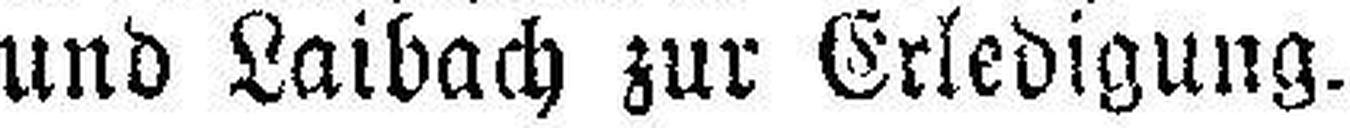
und Laibach zur Erledigung.